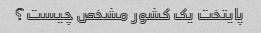
پایتخت یک کشور مشخص چیست؟